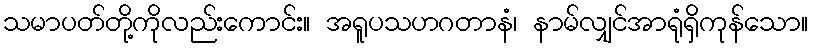
သမာပတ်တို့ကိုလည်းကောင်း။ အရူပသဟဂတာနံ၊ နာမ်လျှင်အာရုံရှိကုန်သော။